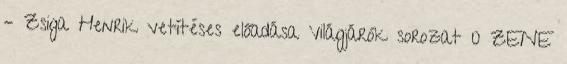
– Zsiga Henrik vetítéses előadása Világjárók sorozat 0 ZENE